Papers set at the Examination for Leaving Certificates, 1889
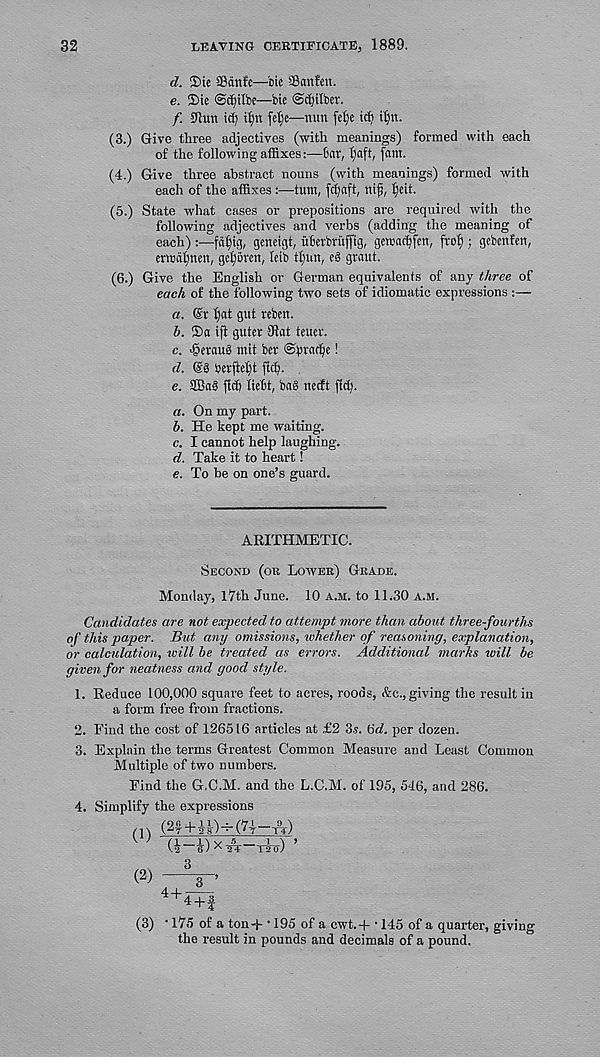
32
LEAVING CERTIFICATE, 1889.
d. 55ie SSdnfe—bic Sanfcn.
e. 5)ie ©c^ilbe—bie @cf)ilbet.
f. 91un id;
fet)e—nun fel)e ic^ it)n.
(3.) Give three adjectives (with meanings) formed with each
of the following affixes:—Oar, l)aft, fam.
(4.) Give three abstract nouns (with meanings) formed with
each of the affixes:—turn, fdjaft, ttijj, ()cit.
(5.) State what cases or prepositions are required with the
following adjectives and verbs (adding the meaning of
each):—fdfjig, geneigt, uBerbruffig, gewatfjfert, fro(); gebenfen,
enndtmen, gc^oren, leib flitin, e§ grant.
(6.) Give the English or German equivalents of any three of
each of the following two sets of idiomatic expressions :—
a. (Sr f)at gut reben.
h. Sa ift guter ffiat tetter.
c. >§eraug mit ber ©bvat^ie!
d. <S§ berfte()t ftd).
e. 3Ba§ fiffi HeBt, ba§ necft fidj.
a. On my part.
h. He kept me waiting.
c. I cannot help laughing.
d. Take it to heart!
e. To be on one’s guard.
ARITHMETIC.
.Second (or Lower) Grade.
Monday, 17th June. 10 a.m. to 1L30 a.m.
Candidates are not expected to attempt more than about three-fourths
of this paper. But any omissions, whether of reasoning, explanation,
or calculation, will be treated as errors. Additional marks will be
given for neatness and good style.
1. Reduce 100,000 square feet to acres, roods, &c., giving the result in
a form free from fractions.
2. Find the cost of 126516 articles at £2 3.v. id. per dozen.
3. Explain the terms Greatest Common Measure and Least Common
Multiple of two numbers.
Find the G.C.M. and the L.C.M. of 195, 546, and 286.
4. Simplify the expressions
(2f +j-^)-4-(7y ff)
(i - B') x
Triu) ’
( 2 ) -V’
4 + 4+|
(3) ‘ 175 of a ton -p • 195 of a ewt. 4- ‘ 145 of a quarter, giving
the result in pounds and decimals of a pound.